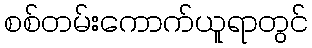
စစ်တမ်းကောက်ယူရာတွင်